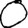
Digit: 0